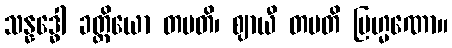
သန္နဒ္ဓေါ ခတ္တိယော တပတိ၊ ဈာယီ တပတိ ဗြဟ္မဏော။